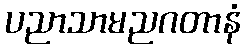
ပညာသာမညဂတာနံ